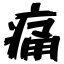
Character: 痛